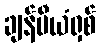
ချန်ပီယံရှစ်